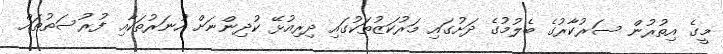
މީގެ އިތުުރުން ސަރުކާރުގެ ބެލުމުގެ ދަށުގައި މަރުކަޒުތަކުގައި ދިރިއުޅޭ ކުދިންނަށް ހުނަރުތަކާއި ފުރުސަތުތައް